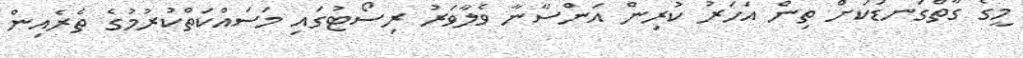
މީގެ ގާތްގަނޑަކަށް ތިން އަހަރު ކުރިން އަންސާނާ ވެލާވަރު ރިސޯޓުގައި މަސައްކަތްކުރުމުގެ ތެރެއިން